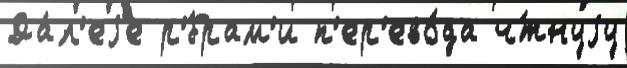
Да́л'еjе р'́брам'и п'ер'ево́да ч́тнуjу